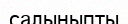
салыныпты